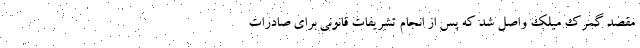
مقصد گمرک میلک واصل شد که پس از انجام تشریفات قانونی برای صادرات